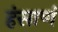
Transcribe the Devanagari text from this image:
हंसाणं